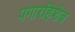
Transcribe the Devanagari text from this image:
पगारहिशेब